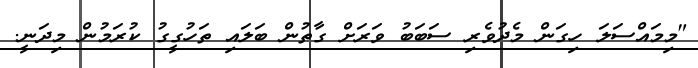
"މިމައްސަލަ ހިގަން މެދުވެރި ސަބަބު ވަރަށް ގާތުން ބަލައި ތަހުގީގު ކުރަމުން މިދަނީ.